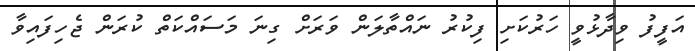
އަފީފު ވިދާޅުވީ ހަރުކަށި ފިކުރު ނައްތާލަން ވަރަށް ގިނަ މަސައްކަތް ކުރަން ޖެހިފައިވާ